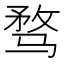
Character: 骛